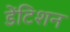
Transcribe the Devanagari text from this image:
डेंटिशन